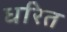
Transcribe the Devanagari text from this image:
धरित